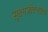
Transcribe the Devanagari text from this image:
सूक्ष्मजीवरोधक